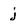
Character: j